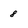
Character: 8